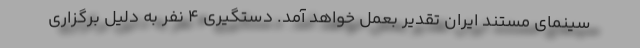
سینمای مستند ایران تقدیر بعمل خواهد آمد. دستگیری 4 نفر به دلیل برگزاری